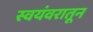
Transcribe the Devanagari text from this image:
स्वयंवरातून